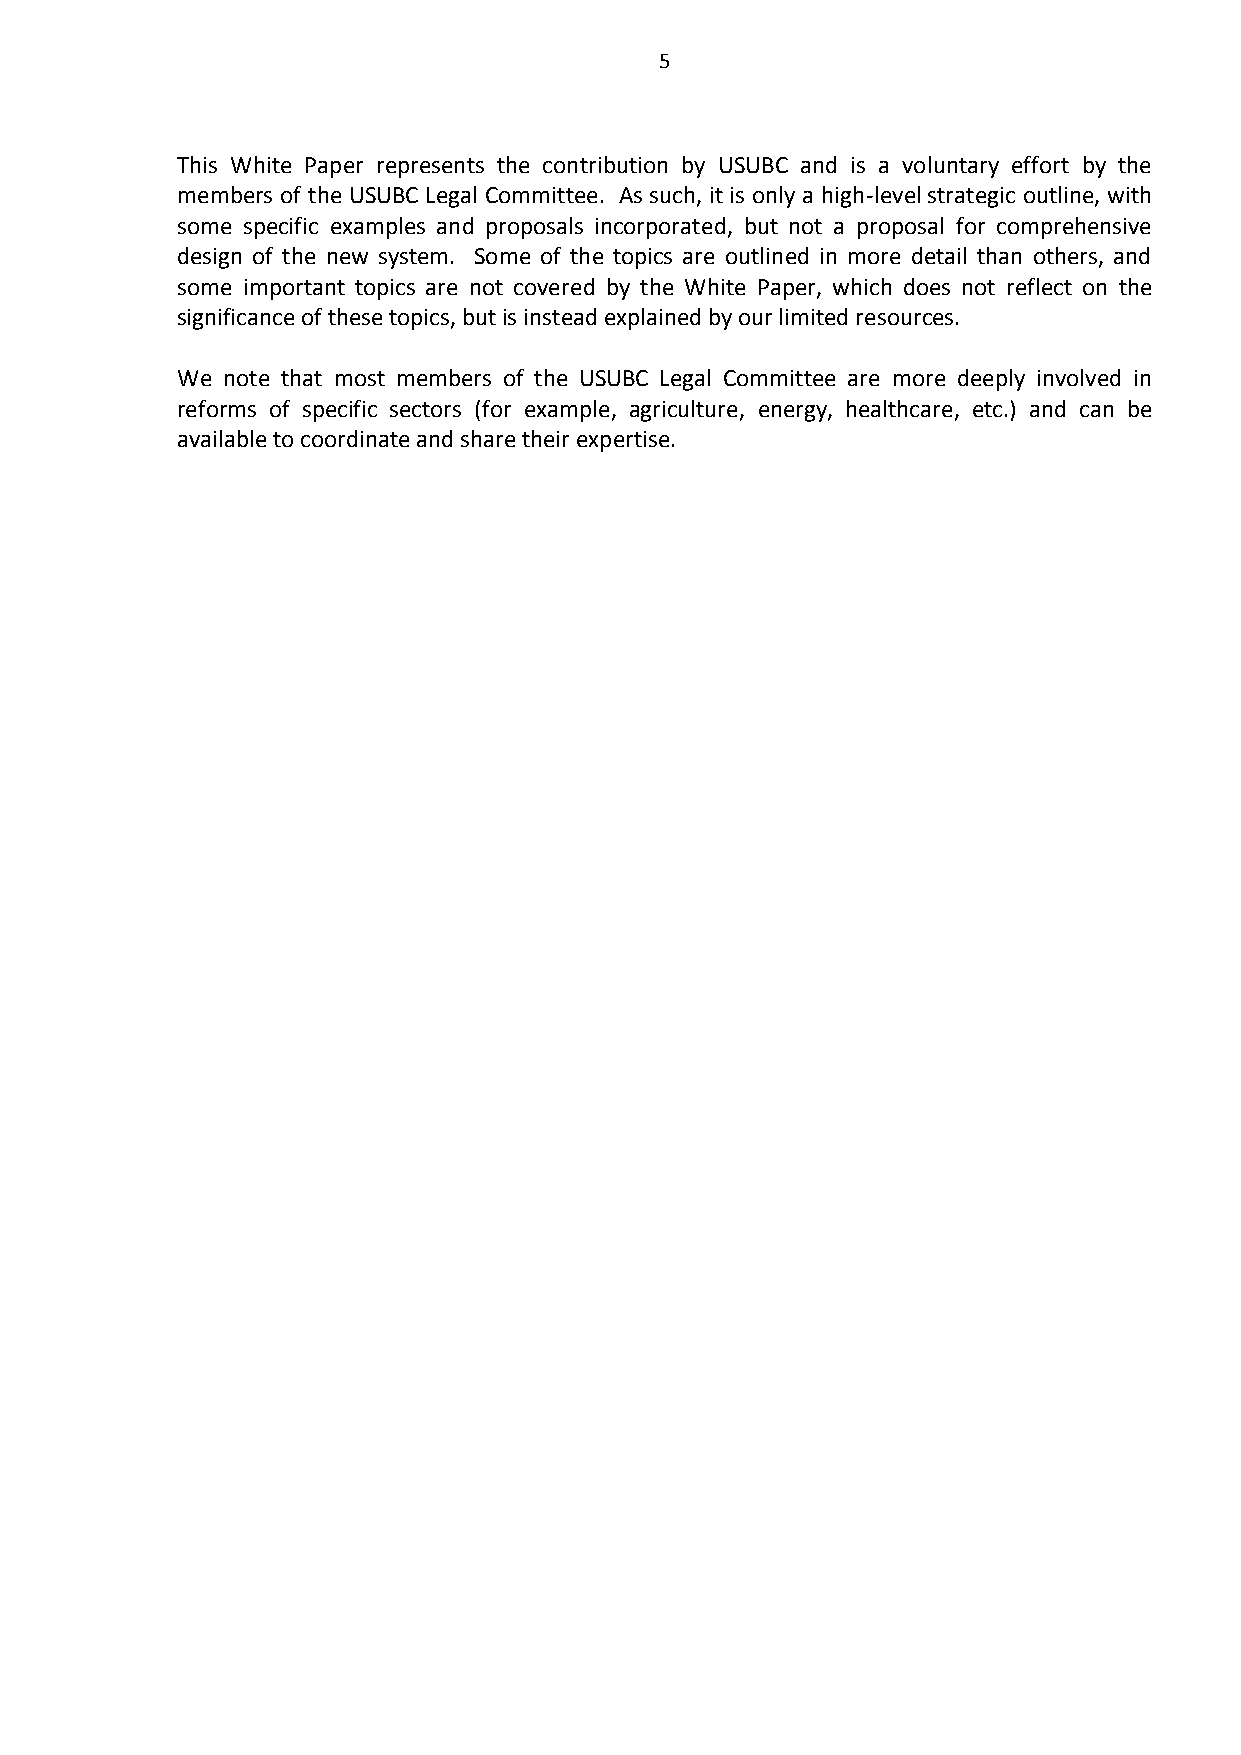
5
 This White Paper represents the contribution by USUBC and is a voluntary effort by the
 members of the USUBC Legal Committee. As such, it is only a high-level strategic outline, with
 some specific examples and proposals incorporated, but not a proposal for comprehensive
 design of the new system. Some of the topics are outlined in more detail than others, and
 some important topics are not covered by the White Paper, which does not reflect on the
 significance of these topics, but is instead explained by our limited resources.
 We note that most members of the USUBC Legal Committee are more deeply involved in
 reforms of specific sectors (for example, agriculture, energy, healthcare, etc.) and can be
 available to coordinate and share their expertise.